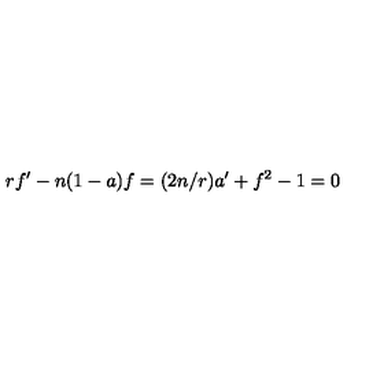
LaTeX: r f ^ { \prime } - n ( 1 - a ) f = ( 2 n / r ) a ^ { \prime } + f ^ { 2 } - 1 = 0